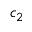
c _ { 2 }